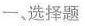
一、选择题